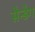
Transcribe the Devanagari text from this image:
सैन्डैग